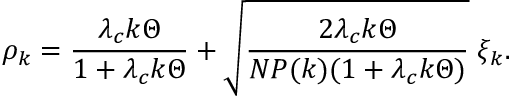
\rho _ { k } = \frac { \lambda _ { c } k \Theta } { 1 + \lambda _ { c } k \Theta } + \sqrt { \frac { 2 \lambda _ { c } k \Theta } { N P ( k ) ( 1 + \lambda _ { c } k \Theta ) } } \; \xi _ { k } .